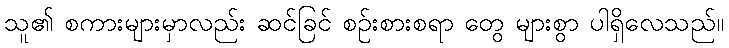
သူ၏ စကားများမှာလည်း ဆင်ခြင် စဉ်းစားစရာ တွေ များစွာ ပါရှိလေသည်။